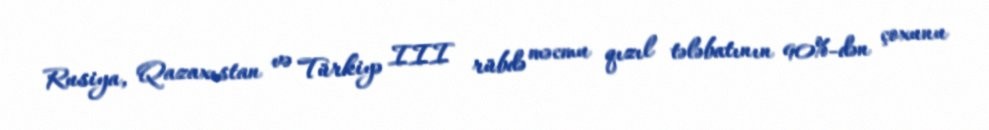
Rusiya, Qazaxıstan və Türkiyə III rübdə məcmu qızıl tələbatının 90%-dən çoxunu